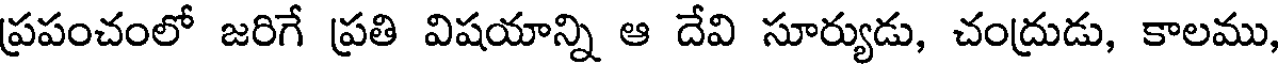
ప్రపంచంలో జరిగే ప్రతి విషయాన్ని ఆ దేవి సూర్యుడు, చంద్రుడు, కాలము,